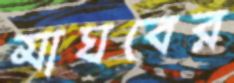
মাঘবের